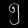
Digit: ၅